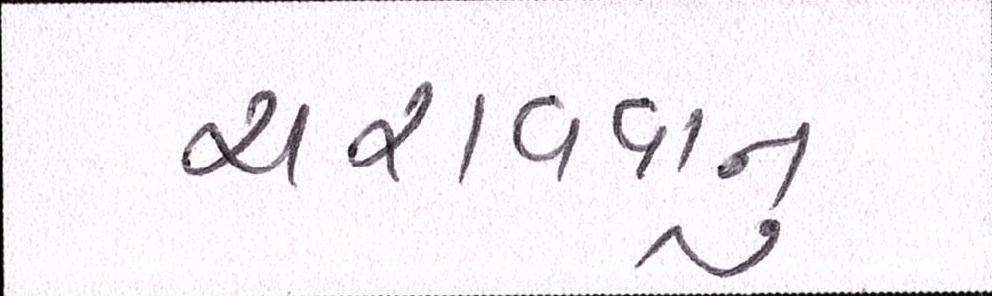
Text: ચરાવવાનુ